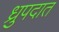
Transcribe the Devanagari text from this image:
ध्रुपदात